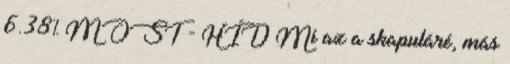
6.38% MOST - HÍD Mi az a skapuláré, más